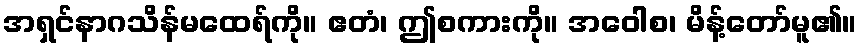
အရှင်နာဂသိန်မထေရ်ကို။ ဧတံ၊ ဤစကားကို။ အဝေါစ၊ မိန့်တော်မူ၏။